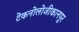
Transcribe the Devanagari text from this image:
टेकनोलोजीकानपुर